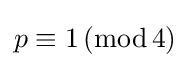
p\equiv 1\,(\mathrm {mod} \,4)